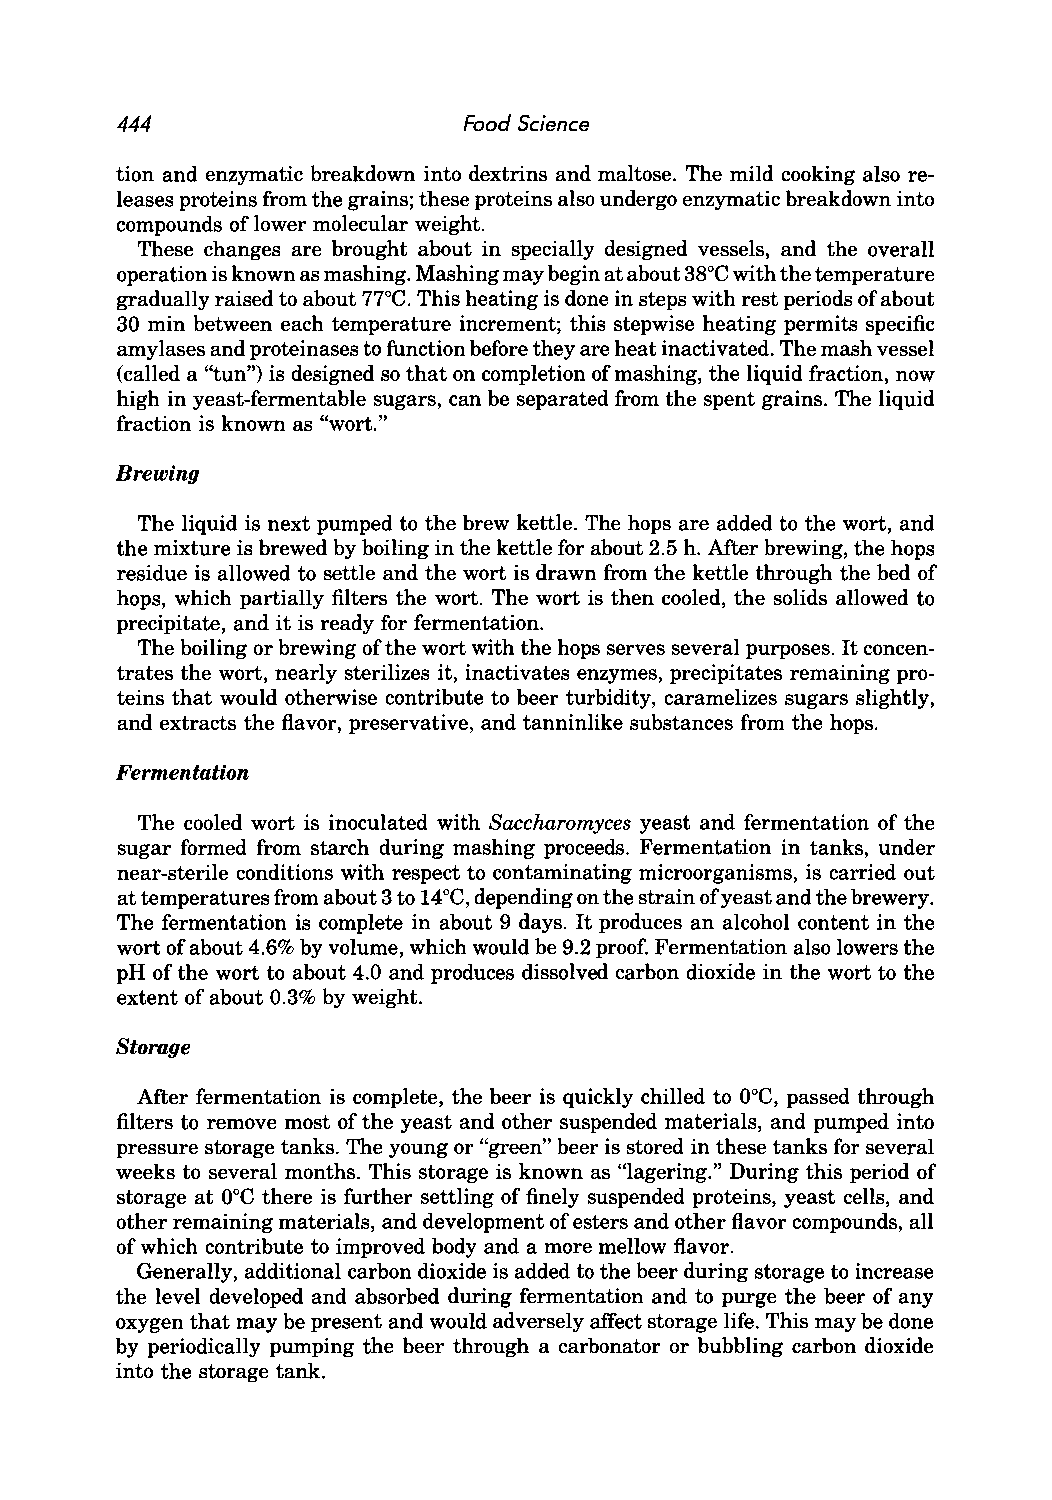
444                    Food Science
 tion and enzymatic breakdown into dextrins and maltose. The mild cooking also re
 leases proteins from the grains; these proteins also undergo enzymatic breakdown into
 compounds of lower molecular weight.
 These changes are brought about in specially designed vessels, and the overall
 operation is known as mashing. Mashing may begin at about 38°e with the temperature
 gradually raised to about 77°e. This heating is done in steps with rest periods of about
 30 min between each temperature increment; this stepwise heating permits specific
 amylases and proteinases to function before they are heat inactivated. The mash vessel
 (called a "tun") is designed so that on completion of mashing, the liquid fraction, now
 high in yeast-fermentable sugars, can be separated from the spent grains. The liquid
 fraction is known as "wort."
 Brewing
 The liquid is next pumped to the brew kettle. The hops are added to the wort, and
 the mixture is brewed by boiling in the kettle for about 2.5 h. After brewing, the hops
 residue is allowed to settle and the wort is drawn from the kettle through the bed of
 hops, which partially filters the wort. The wort is then cooled, the solids allowed to
 precipitate, and it is ready for fermentation.
 The boiling or brewing of the wort with the hops serves several purposes. It concen
 trates the wort, nearly sterilizes it, inactivates enzymes, precipitates remaining pro
 teins that would otherwise contribute to beer turbidity, caramelizes sugars slightly,
 and extracts the flavor, preservative, and tanninlike substances from the hops.
 Fermentation
 The cooled wort is inoculated with Saccharomyces yeast and fermentation of the
 sugar formed from starch during mashing proceeds. Fermentation in tanks, under
 near-sterile conditions with respect to contaminating microorganisms, is carried out
 at temperatures from about 3 to 14°e, depending on the strain of yeast and the brewery.
 The fermentation is complete in about 9 days. It produces an alcohol content in the
 wort of about 4.6% by volume, which would be 9.2 proof. Fermentation also lowers the
 pH of the wort to about 4.0 and produces dissolved carbon dioxide in the wort to the
 extent of about 0.3% by weight.
 Storage
 ooe,
 After fermentation is complete, the beer is quickly chilled to passed through
 filters to remove most of the yeast and other suspended materials, and pumped into
 pressure storage tanks. The young or "green" beer is stored in these tanks for several
 weeks to several months. This storage is known as "lagering." During this period of
 ooe
 storage at there is further settling of finely suspended proteins, yeast cells, and
 other remaining materials, and development of esters and other flavor compounds, all
 of which contribute to improved body and a more mellow flavor.
 Generally, additional carbon dioxide is added to the beer during storage to increase
 the level developed and absorbed during fermentation and to purge the beer of any
 oxygen that may be present and would adversely affect storage life. This may be done
 by periodically pumping the beer through a carbonator or bubbling carbon dioxide
 into the storage tank.